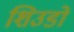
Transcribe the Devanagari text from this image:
शिउडो